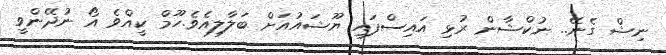
ނިޝް ގެނޭ.. ނުކްޝާން ރުޅި އައިސްފައި ޔޫޝައުއަށް ބަލާލިއެވެ.ހޫމް ކީއްވެ އޯ ނުދޭންވީ